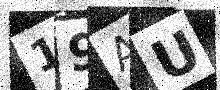
Text: 19AU